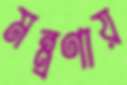
মন্ত্রণায়